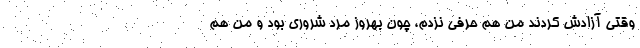
وقتی آزادش کردند من هم حرفی نزدم، چون بهروز مرد شروری بود و من هم